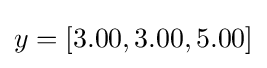
y=[3.00,3.00,5.00]